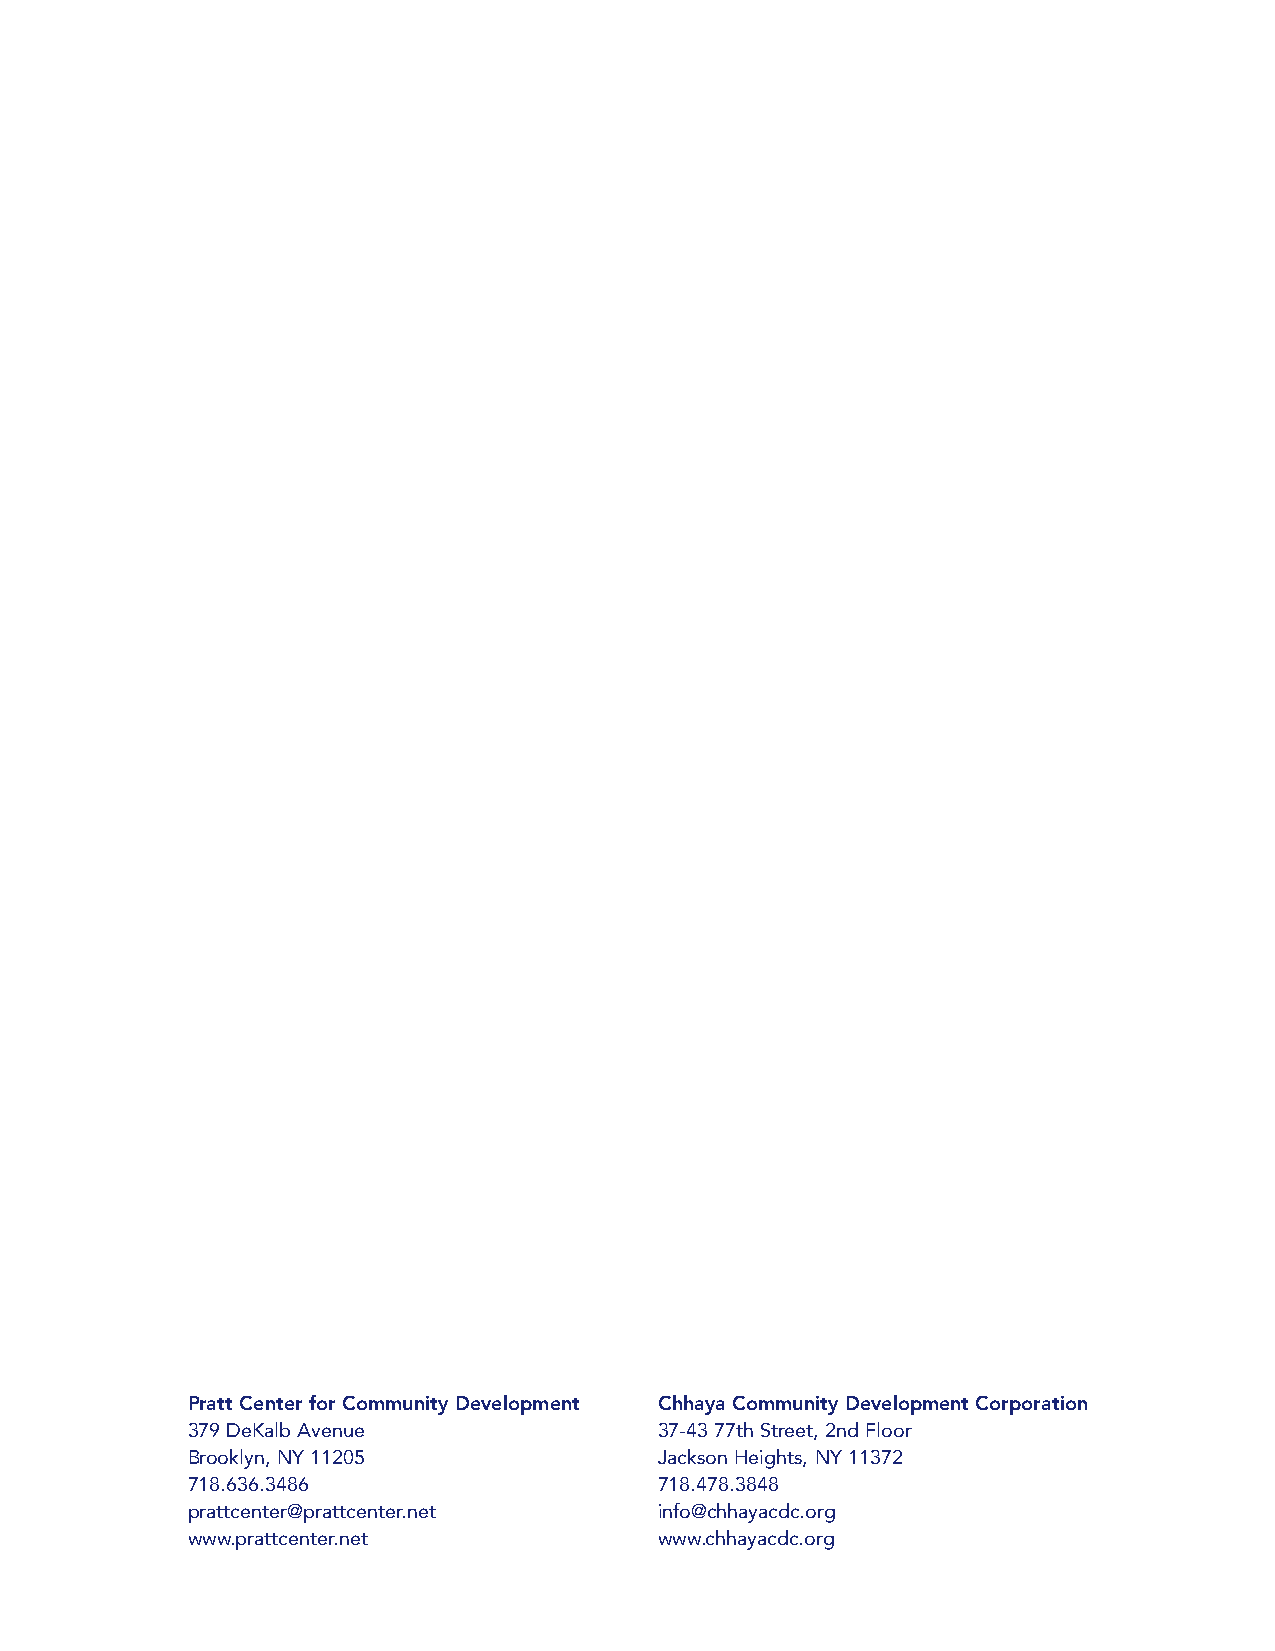
Pratt Center for Community Development Chhaya Community Development Corporation
 379 DeKalb Avenue               37-43 77th Street, 2nd Floor
 Brooklyn, NY 11205              Jackson Heights, NY 11372
 718.636.3486                    718.478.3848
 prattcenter@prattcenter.net     info@chhayacdc.org
 www.prattcenter.net             www.chhayacdc.org